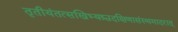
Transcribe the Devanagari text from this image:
तृतीयंतत्सखिभ्यश्चदक्षिणासंस्थमादरात्